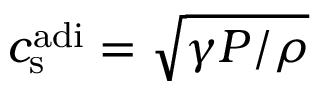
c _ { \mathrm { s } } ^ { \mathrm { a d i } } = \sqrt { \gamma P / \rho }